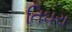
તિઘરા